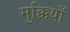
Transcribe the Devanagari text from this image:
मुक्कियाँ